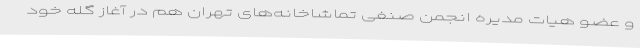
و عضو هیات مدیره انجمن صنفی تماشاخانه‌های تهران هم در آغاز گله خود